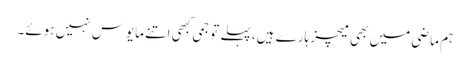
ہم ماضی میں بھی میچز ہارے ہیں، پہلے تو جمی کبھی اتنے مایوس نہیں ہوئے۔